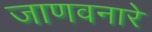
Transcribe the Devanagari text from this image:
जाणवनारे